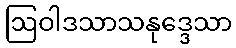
ဩဝါဒသာသနုဒ္ဒေသာ